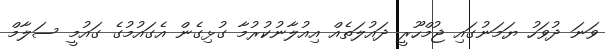
ވަނަ ދުވަހު ޔަމަނުގައި ޖުމްހޫރީ ދައުލަތެއް އިއުލާނުކުރުމާ ގުޅިގެން އެގައުމުގެ ގައުމީ ސަލާމް